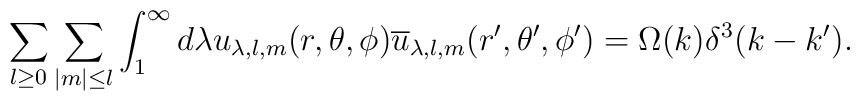
\sum_{l\geq 0}\sum_{\mid m\mid\leq l}\int_1^{\infty} d\lambda u_{\lambda, l, m}(r,\theta,\phi) \overline{u}_{\lambda, l, m}(r^{\prime},\theta^{\prime},\phi^{\prime}) = \Omega(k)\delta^3(k - k^{\prime}).